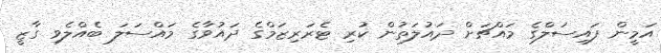
އަމީން ފައިސަލްގެ މައްޗަށް ދައުލަތުން ކުރި ޓެރަރިޒަމްގެ ދައުވާގެ މައްސަލަ ބެއްލެވި ގާޒީ